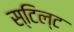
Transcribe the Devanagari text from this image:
स्टिल्ट